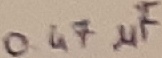
Text: 0.47µF